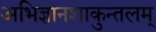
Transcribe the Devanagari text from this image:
अभिज्ञानशाकुन्तलम्‌